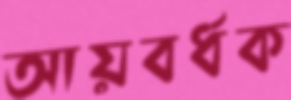
আয়বর্ধক